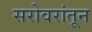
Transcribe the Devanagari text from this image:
सरोवरांतून